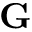
\mathbf { G }